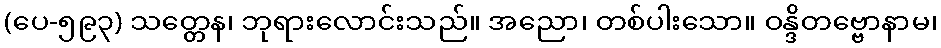
(ပေ-၅၉၃) သတ္တေန၊ ဘုရားလောင်းသည်။ အညော၊ တစ်ပါးသော။ ဝန္ဒိတဗ္ဗောနာမ၊